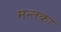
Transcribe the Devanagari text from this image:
मन्तक़ा